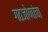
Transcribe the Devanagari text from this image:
गठजोणांचा